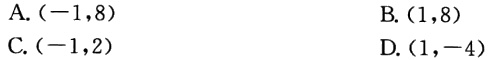
A. \((-1,8)\)
B. \((1,8)\)
C. \((-1,2)\)
D. \((1,-4)\)